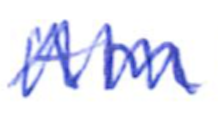
Text: AM
Cross-out: zig-zag
Writing tool: ballpoint